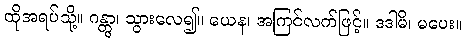
ထိုအရပ်သို့။ ဂန္တွာ၊ သွားလေ၍။ ယေန၊ အကြင်လက်ဖြင့်။ ဒဒါမိ၊ မပေး။